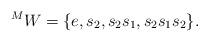
LaTeX: \begin{align*}{^M W}=\{e, s_2, s_2s_1, s_2s_1s_2\}.\end{align*}